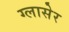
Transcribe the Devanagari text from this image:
ग्लासेर